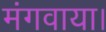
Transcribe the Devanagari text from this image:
मंगवाया।